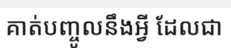
គាត់បញ្ចូលនឹងអ្វី ដែលជា